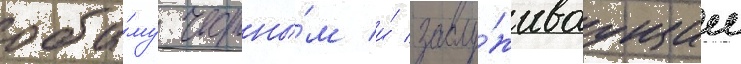
оба́му честны́м и́ заслу́живаущим